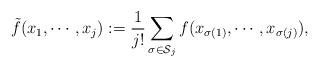
LaTeX: \begin{align*}\tilde f(x_1,\cdots,x_j) := \frac{1}{j!} \sum_{\sigma \in \mathcal S_j} f(x_{\sigma(1)},\cdots,x_{\sigma(j)}),\end{align*}